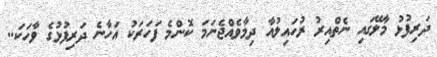
ދަރިފުޅު މާލޭގައި ނެތްއިރު ރުހައިލުއާ ދިމާވެއްޖެނަމަ ކޮންމެ ފަހަރަކު އަހާނެ ދަރިފުޅުގެ ވާހަކަ..